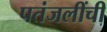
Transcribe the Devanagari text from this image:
पतंजलींची